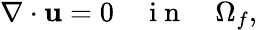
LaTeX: \begin{array}{r}{\nabla\cdot\textbf{u}=0\quad\mathrm{~i~n~}\quad\Omega_{f},}\end{array}